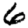
Digit: 6